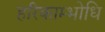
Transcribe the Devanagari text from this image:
हरिकाम्भोधि